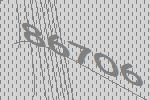
86706